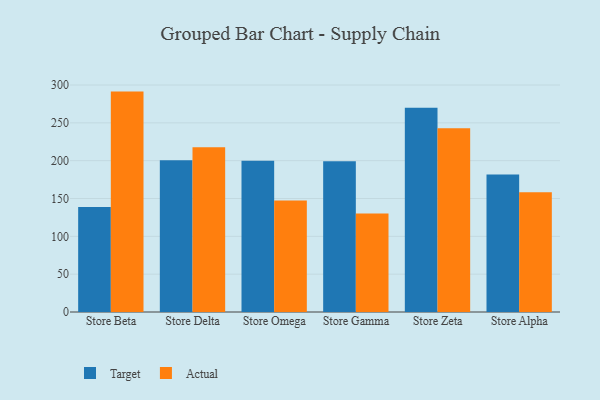
{"axis": {"x": "Store", "y": "Demand Index"}, "legend": ["Actual", "Target"], "data": [{"x": "Store Beta", "y": 138.9, "type": "Target"}, {"x": "Store Beta", "y": 291.3, "type": "Actual"}, {"x": "Store Delta", "y": 200.6, "type": "Target"}, {"x": "Store Delta", "y": 217.6, "type": "Actual"}, {"x": "Store Omega", "y": 200.0, "type": "Target"}, {"x": "Store Omega", "y": 147.3, "type": "Actual"}, {"x": "Store Gamma", "y": 199.4, "type": "Target"}, {"x": "Store Gamma", "y": 130.3, "type": "Actual"}, {"x": "Store Zeta", "y": 270.0, "type": "Target"}, {"x": "Store Zeta", "y": 242.9, "type": "Actual"}, {"x": "Store Alpha", "y": 181.8, "type": "Target"}, {"x": "Store Alpha", "y": 158.2, "type": "Actual"}]}